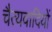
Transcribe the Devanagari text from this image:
चैत्यवादियों